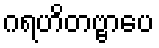
ဂရဟိတဗ္ဗာပေ